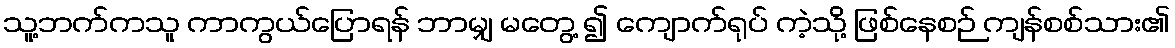
သူ့ဘက်ကသူ ကာကွယ်ပြောရန် ဘာမျှ မတွေ့ ၍ ကျောက်ရုပ် ကဲ့သို့ ဖြစ်နေစဉ် ကျန်စစ်သား၏